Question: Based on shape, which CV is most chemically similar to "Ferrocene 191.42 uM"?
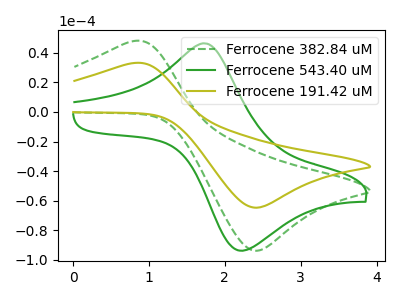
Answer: <think>The green dashed curve "Ferrocene 382.84 uM" has an anodic peak at (0.80V, 47.90uA) and a cathodic peak at (2.40V, -93.85uA). The green curve "Ferrocene 543.40 uM" has an anodic peak at (1.75V, 46.40uA) and a cathodic peak at (2.20V, -93.65uA). The olive curve "Ferrocene 191.42 uM" has an anodic peak at (0.80V, 33.05uA) and a cathodic peak at (2.40V, -64.75uA).
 "Ferrocene 382.84 uM" and "Ferrocene 543.40 uM" have at least one peak that do not match. All the peaks in "Ferrocene 382.84 uM" have a peak in "Ferrocene 191.42 uM" at the same potential. Every peak in "Ferrocene 382.84 uM" is higher than every peak in "Ferrocene 191.42 uM". "Ferrocene 543.40 uM" and "Ferrocene 191.42 uM" have at least one peak that do not match.</think>
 <answer>The CV with the most similar shape to "Ferrocene 382.84 uM" is "Ferrocene 191.42 uM".</answer>
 <eval>"Ferrocene 191.42 uM"</eval>